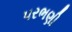
પરભણી